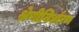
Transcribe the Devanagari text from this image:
श्रेणीनिर्धारण